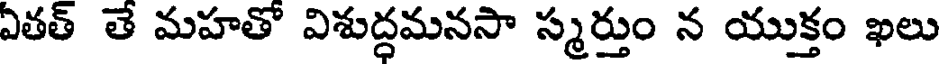
ఏతత్ తే మహతో విశుద్ధమనసా స్మర్తుం న యుక్తం ఖలు